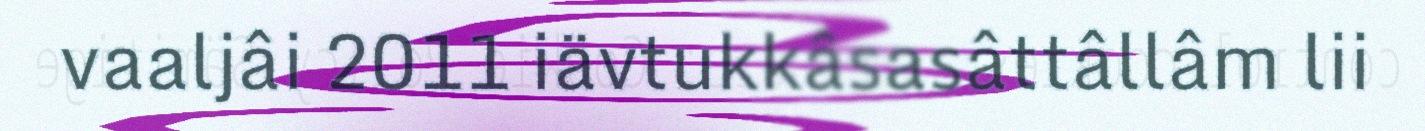
vaaljâi 2011 iävtukkâsasâttâllâm lii